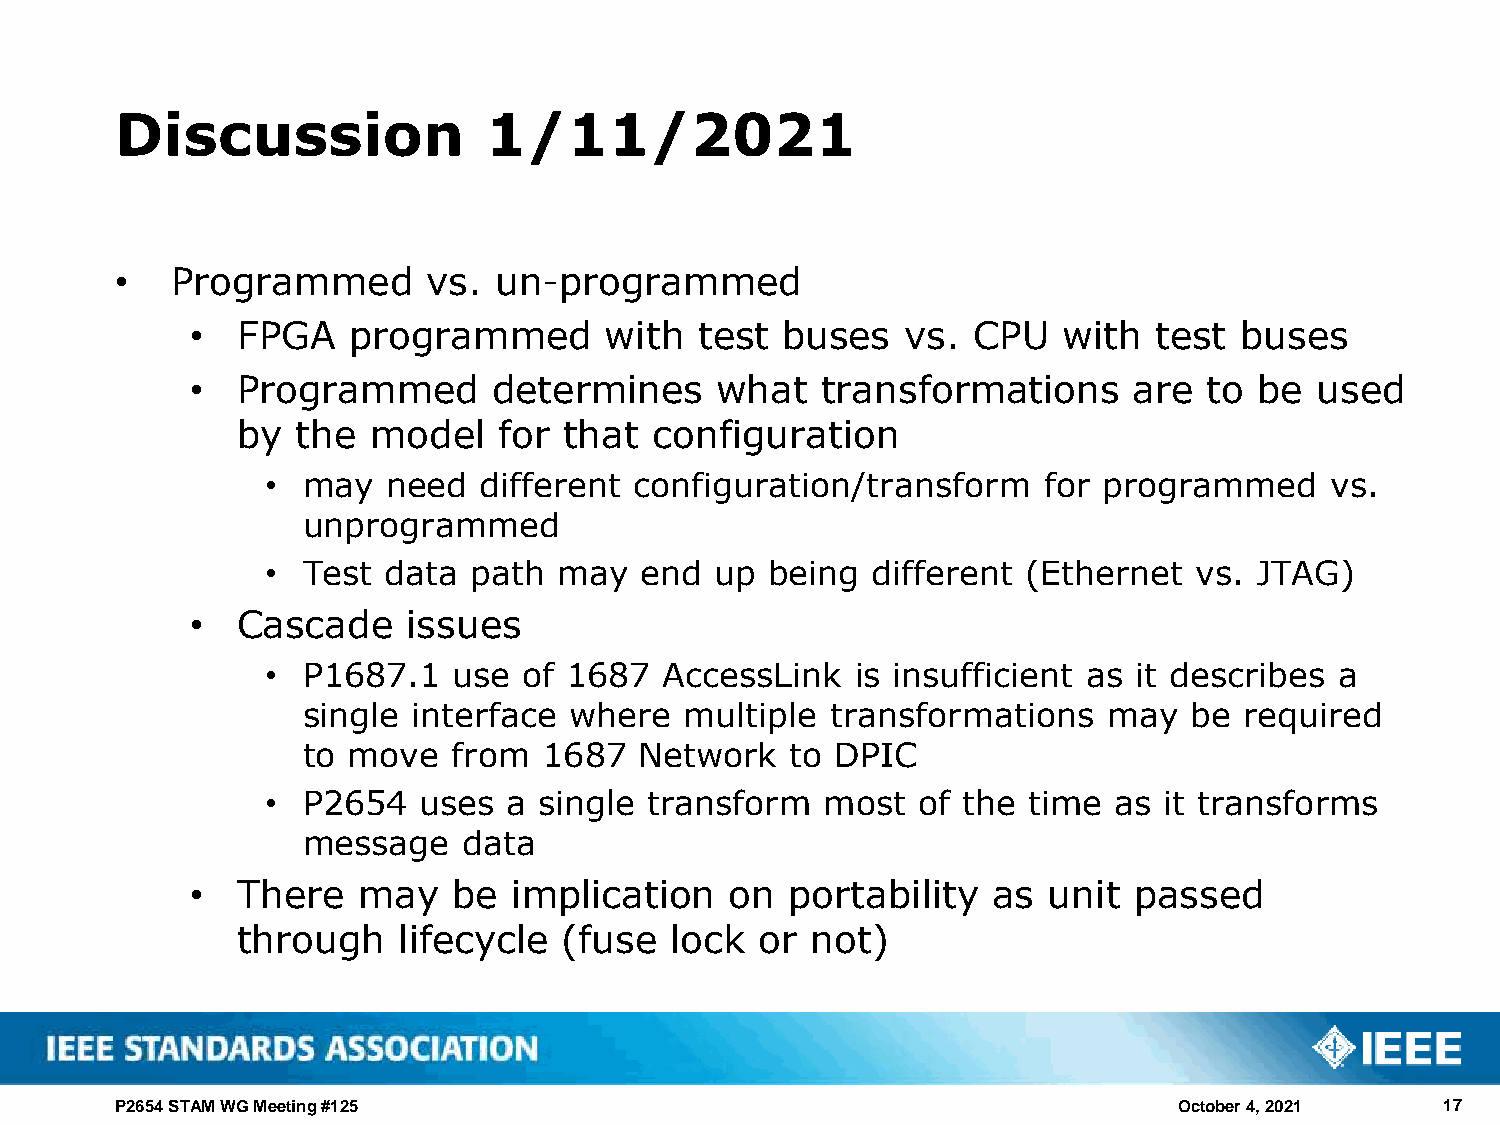
Discussion              1/11/2021
 •  Programmed       vs.  un-programmed
 •  FPGA   programmed       with  test  buses   vs. CPU   with   test buses
 •  Programmed       determines    what   transformations      are  to be  used
 by  the model    for that  configuration
 • may   need  different configuration/transform    for programmed     vs.
 unprogrammed
 • Test data  path  may  end  up  being  different (Ethernet  vs. JTAG)
 •  Cascade    issues
 • P1687.1   use  of 1687  AccessLink   is insufficient as it describes a
 single interface  where  multiple  transformations   may   be required
 to move   from  1687  Network   to DPIC
 • P2654   uses  a single transform   most  of the time  as it transforms
 message    data
 •  There   may   be  implication   on  portability   as unit  passed
 through   lifecycle  (fuse  lock  or  not)
 P2654 STAM WG Meeting #125                                            October 4, 2021   17